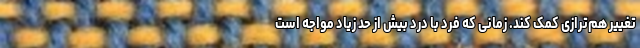
تغییر هم‌ترازی کمک کند. زمانی که فرد با درد بیش از حد زیاد مواجه است